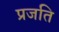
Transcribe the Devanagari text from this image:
प्रजति